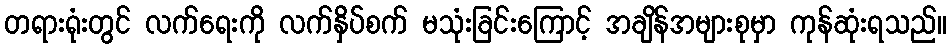
တရားရုံးတွင် လက်ရေးကို လက်နှိပ်စက် မသုံးခြင်းကြောင့် အချိန်အများစုမှာ ကုန်ဆုံးရသည်။